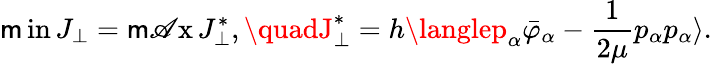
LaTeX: \operatorname*{\mathsf{m}in}J_{\perp}=\operatorname*{\mathsf{m}\mathscr{A}x}J_{\perp}^{*},\quadJ_{\perp}^{*}=h\langlep_{\alpha}\bar{{\varphi}}_{\alpha}-\frac{{1}}{{2\mu}}p_{\alpha}p_{\alpha}\rangle.